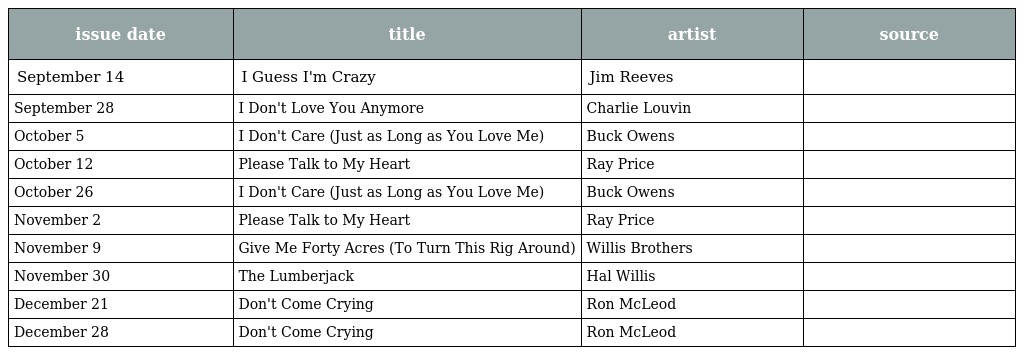
| issue date | title | artist | source |
 | --- | --- | --- | --- |
 | September 14 | I Guess I'm Crazy | Jim Reeves |  |
 | September 28 | I Don't Love You Anymore | Charlie Louvin |  |
 | October 5 | I Don't Care (Just as Long as You Love Me) | Buck Owens |  |
 | October 12 | Please Talk to My Heart | Ray Price |  |
 | October 26 | I Don't Care (Just as Long as You Love Me) | Buck Owens |  |
 | November 2 | Please Talk to My Heart | Ray Price |  |
 | November 9 | Give Me Forty Acres (To Turn This Rig Around) | Willis Brothers |  |
 | November 30 | The Lumberjack | Hal Willis |  |
 | December 21 | Don't Come Crying | Ron McLeod |  |
 | December 28 | Don't Come Crying | Ron McLeod |  |